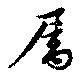
属